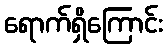
ရောက်ရှိကြောင်း